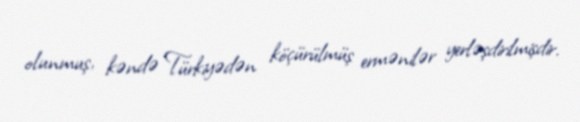
olunmuş, kəndə Türkiyədən köçürülmüş ermənilər yerləşdirilmişdir.